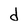
Character: d